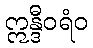
ဣန္ဒီဝရံဝ